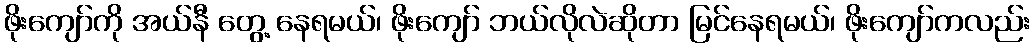
ဖိုးကျော်ကို အယ်နီ တွေ့ နေရမယ်၊ ဖိုးကျော် ဘယ်လိုလဲဆိုတာ မြင်နေရမယ်၊ ဖိုးကျော်ကလည်း